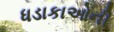
ધડાકાઓની